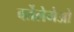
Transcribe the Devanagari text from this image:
बर्तेलेमेओ